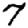
Digit: 7